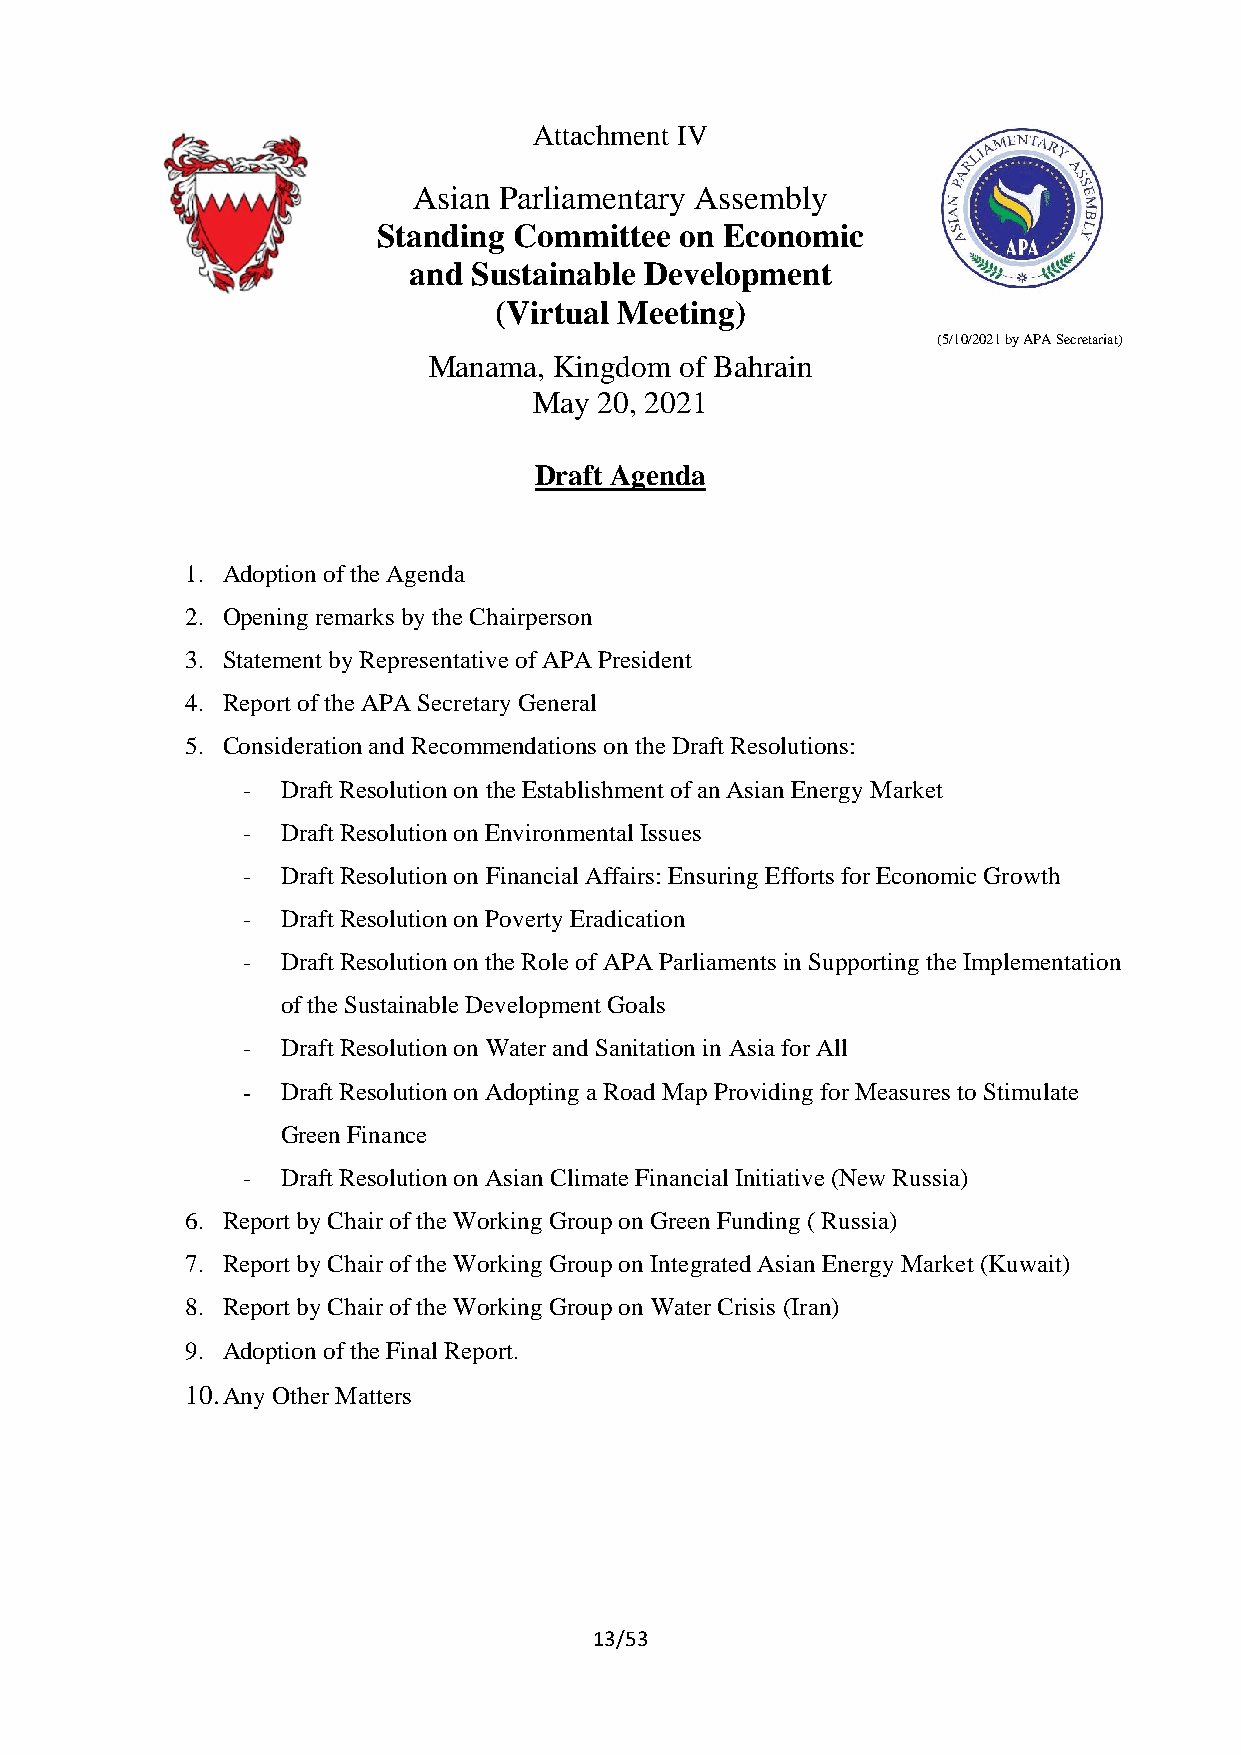
Attachment IV
 Asian Parliamentary Assembly
 Standing Committee  on Economic
 and Sustainable Development
 (Virtual Meeting)
 (5/10/2021 by APA Secretariat)
 Manama,  Kingdom of Bahrain
 May  20, 2021
 Draft Agenda
 1. Adoption of the Agenda
 2. Opening remarks by the Chairperson
 3. Statement by Representative of APA President
 4. Report of the APA Secretary General
 5. Consideration and Recommendations on the Draft Resolutions:
 -  Draft Resolution on the Establishment of an Asian Energy Market
 -  Draft Resolution on Environmental Issues
 -  Draft Resolution on Financial Affairs: Ensuring Efforts for Economic Growth
 -  Draft Resolution on Poverty Eradication
 -  Draft Resolution on the Role of APA Parliaments in Supporting the Implementation
 of the Sustainable Development Goals
 -  Draft Resolution on Water and Sanitation in Asia for All
 -  Draft Resolution on Adopting a Road Map Providing for Measures to Stimulate
 Green Finance
 -  Draft Resolution on Asian Climate Financial Initiative (New Russia)
 6. Report by Chair of the Working Group on Green Funding ( Russia)
 7. Report by Chair of the Working Group on Integrated Asian Energy Market (Kuwait)
 8. Report by Chair of the Working Group on Water Crisis (Iran)
 9. Adoption of the Final Report.
 10. Any Other Matters
 13/53